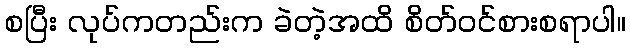
စပြီး လုပ်ကတည်းက ခဲတဲ့အထိ စိတ်ဝင်စားစရာပါ။